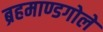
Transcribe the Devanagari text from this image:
ब्रहमाण्डगोले